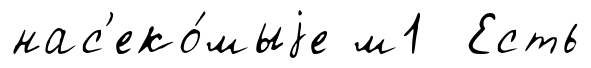
нас'еко́мыjе м1 Есть